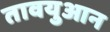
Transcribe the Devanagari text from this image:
तावयुआन